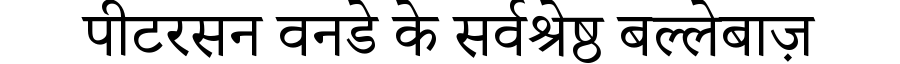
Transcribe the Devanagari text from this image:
पीटरसन वनडे के सर्वश्रेष्ठ बल्लेबाज़